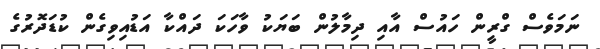
ނަމަވެސް ގްރީން ހައުސް އާއި ދިމާލުން ބަޔަކު ވާހަކަ ދައްކާ އަޑުއިވިގެން ކުޑަދޮރުގެ